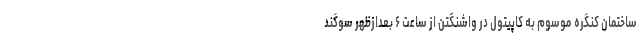
ساختمان کنگره موسوم به کاپیتول در واشنگتن از ساعت ۶ بعدازظهر سوگند